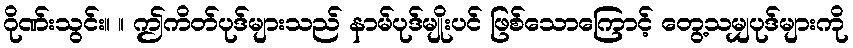
ဂိုဏ်းသွင်း။ ။ ဤကိတ်ပုဒ်များသည် နာမ်ပုဒ်မျိုးပင် ဖြစ်သောကြောင့် တွေ့သမျှပုဒ်များကို